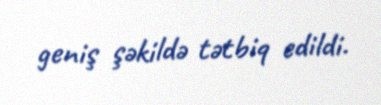
geniş şəkildə tətbiq edildi.